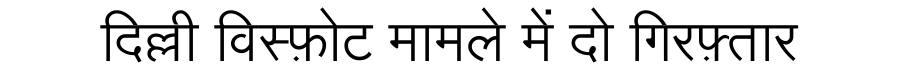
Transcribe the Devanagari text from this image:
दिल्ली विस्फ़ोट मामले में दो गिरफ़्तार